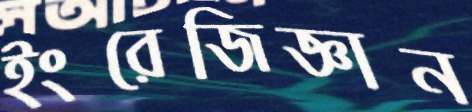
ইংরেজিজ্ঞান